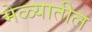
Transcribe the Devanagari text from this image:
मेळ्यातील